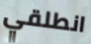
انطلقي